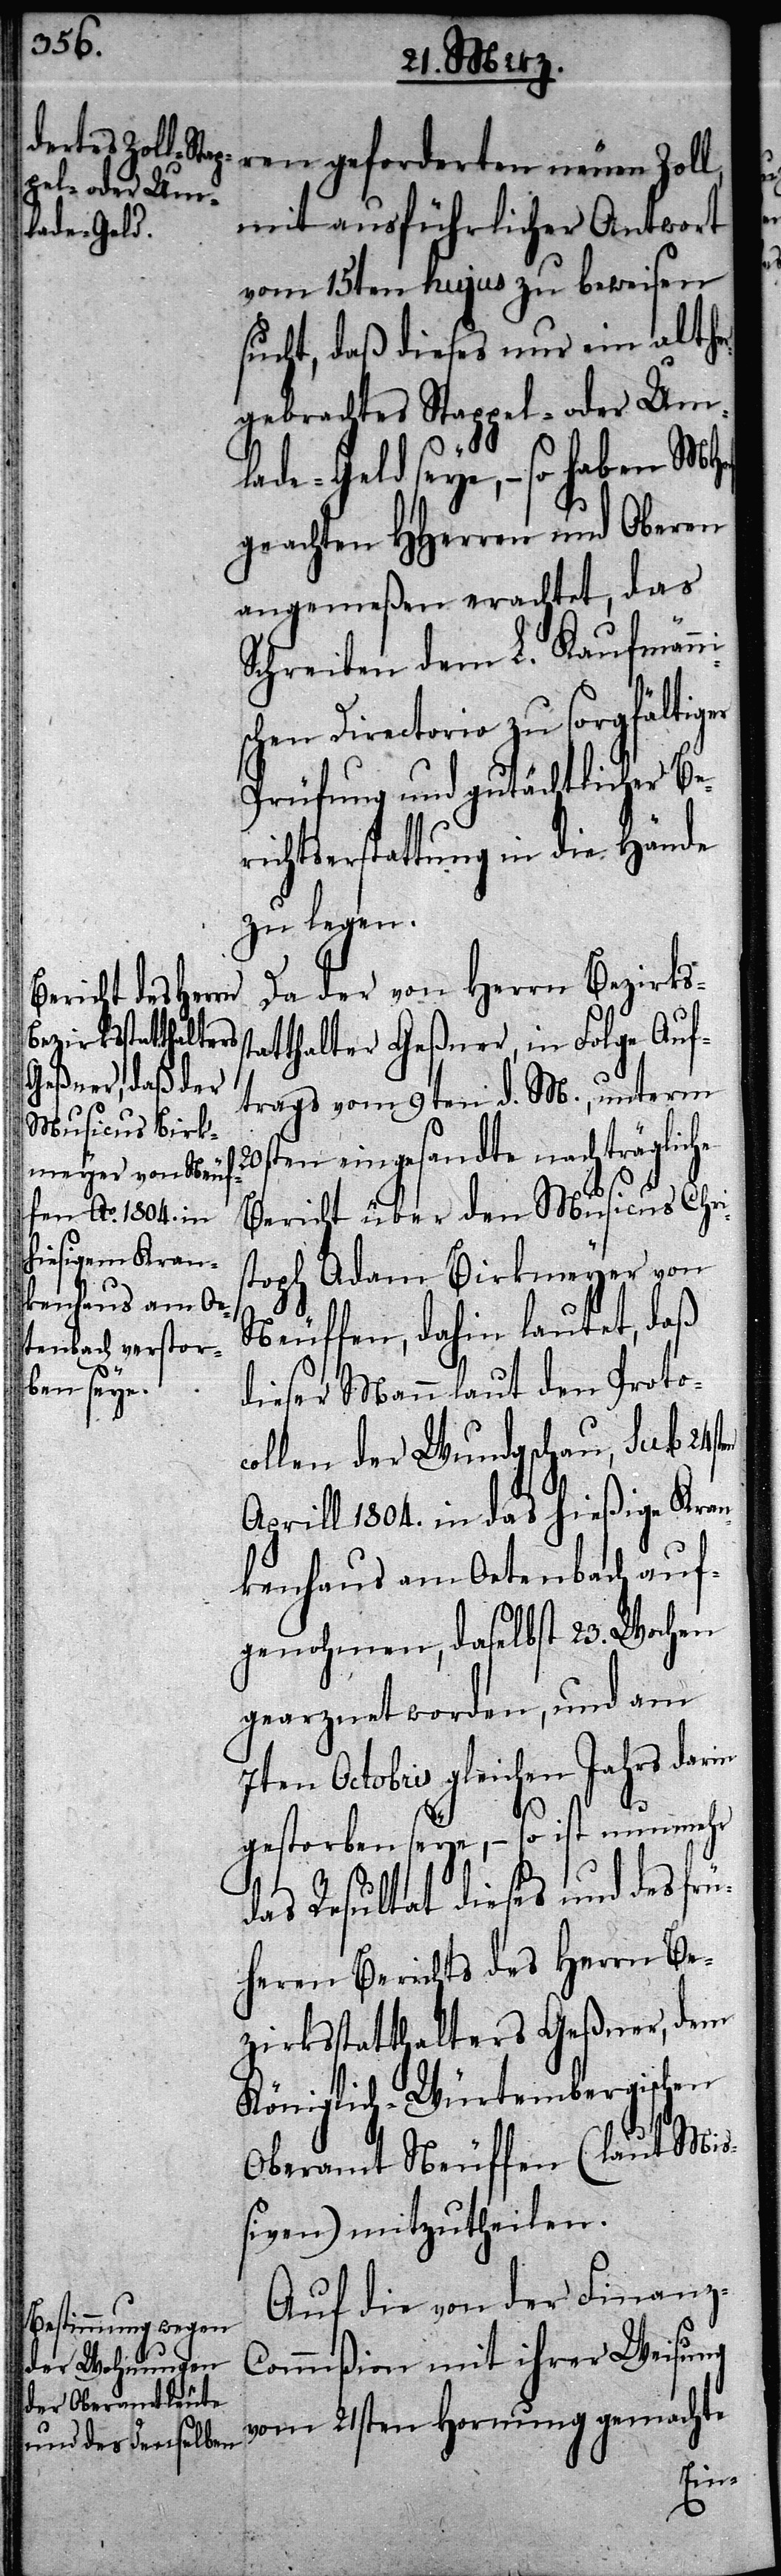
Da der von Herrn Bezirkss¬
tatthalter Geßner, in Folge Auf¬
trags vom 9ten d. M., unterm
eingesandte nachträglic¬
Bericht über den Musicus Chris¬
toph Adam Birkmeyer von
Neuffen, dahin lautet, daß
dieser Mann laut den Proto¬
collen der Wundgschau, sub 24sten
Aprill 1804. in das hießige Kran¬
kenhaus am Oetenbach auf¬
genohmen, daselbst 23. Wochen
gearznet worden, und am
7ten Octobris gleichen Jahrs dar¬
gestorben seye, – so ist nunmehr
das Resultat dieses und des frü¬
heren Berichts des Herrn Be¬
zirksstatthalters Geßner, dem
Königlich-Würtembergischen
Oberamt Neuffen (laut Mi¬
ßiven) mitzutheilen.
Auf die von der Finanz-C¬
ommißion mit ihrer Weisung
vom 21sten Hornung gemachte
in